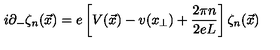
i \partial _ { - } \zeta _ { n } ( \vec { x } ) = e \left[ V ( \vec { x } ) - v ( x _ { \perp } ) + \frac { 2 \pi n } { 2 e L } \right] \zeta _ { n } ( \vec { x } )